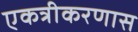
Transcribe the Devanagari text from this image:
एकत्रीकरणास